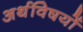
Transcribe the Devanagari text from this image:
अर्थविषयों